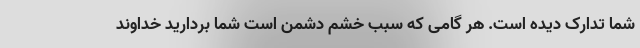
شما تدارک دیده است. هر گامی که سبب خشم دشمن است شما بردارید خداوند